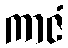
ကာဇံ